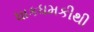
ધાકધમકીથી